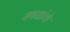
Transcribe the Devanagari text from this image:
स्‍थळांचे